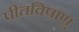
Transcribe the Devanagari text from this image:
पीतविषाणु